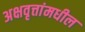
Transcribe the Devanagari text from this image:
अक्षवृत्तांमधील